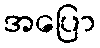
အပြော